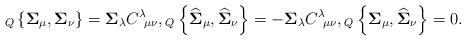
LaTeX: \begin{align*}_{Q}\left\{ \mathbf{\Sigma}_{\mu},\mathbf{\Sigma}_{\nu}\right\} =\mathbf{\Sigma}_{\lambda}C^{\lambda}\!_{\mu\nu},{}_{Q}\left\{ \widehat{\mathbf{\Sigma}}_{\mu},\widehat{\mathbf{\Sigma}}_{\nu}\right\} =-\mathbf{\Sigma}_{\lambda}C^{\lambda}\!_{\mu\nu},{}_{Q}\left\{ \mathbf{\Sigma}_{\mu},\widehat{\mathbf{\Sigma}}_{\nu}\right\} =0.\end{align*}